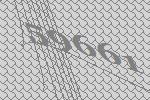
59661